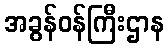
အခွန်ဝန်ကြီးဌာန